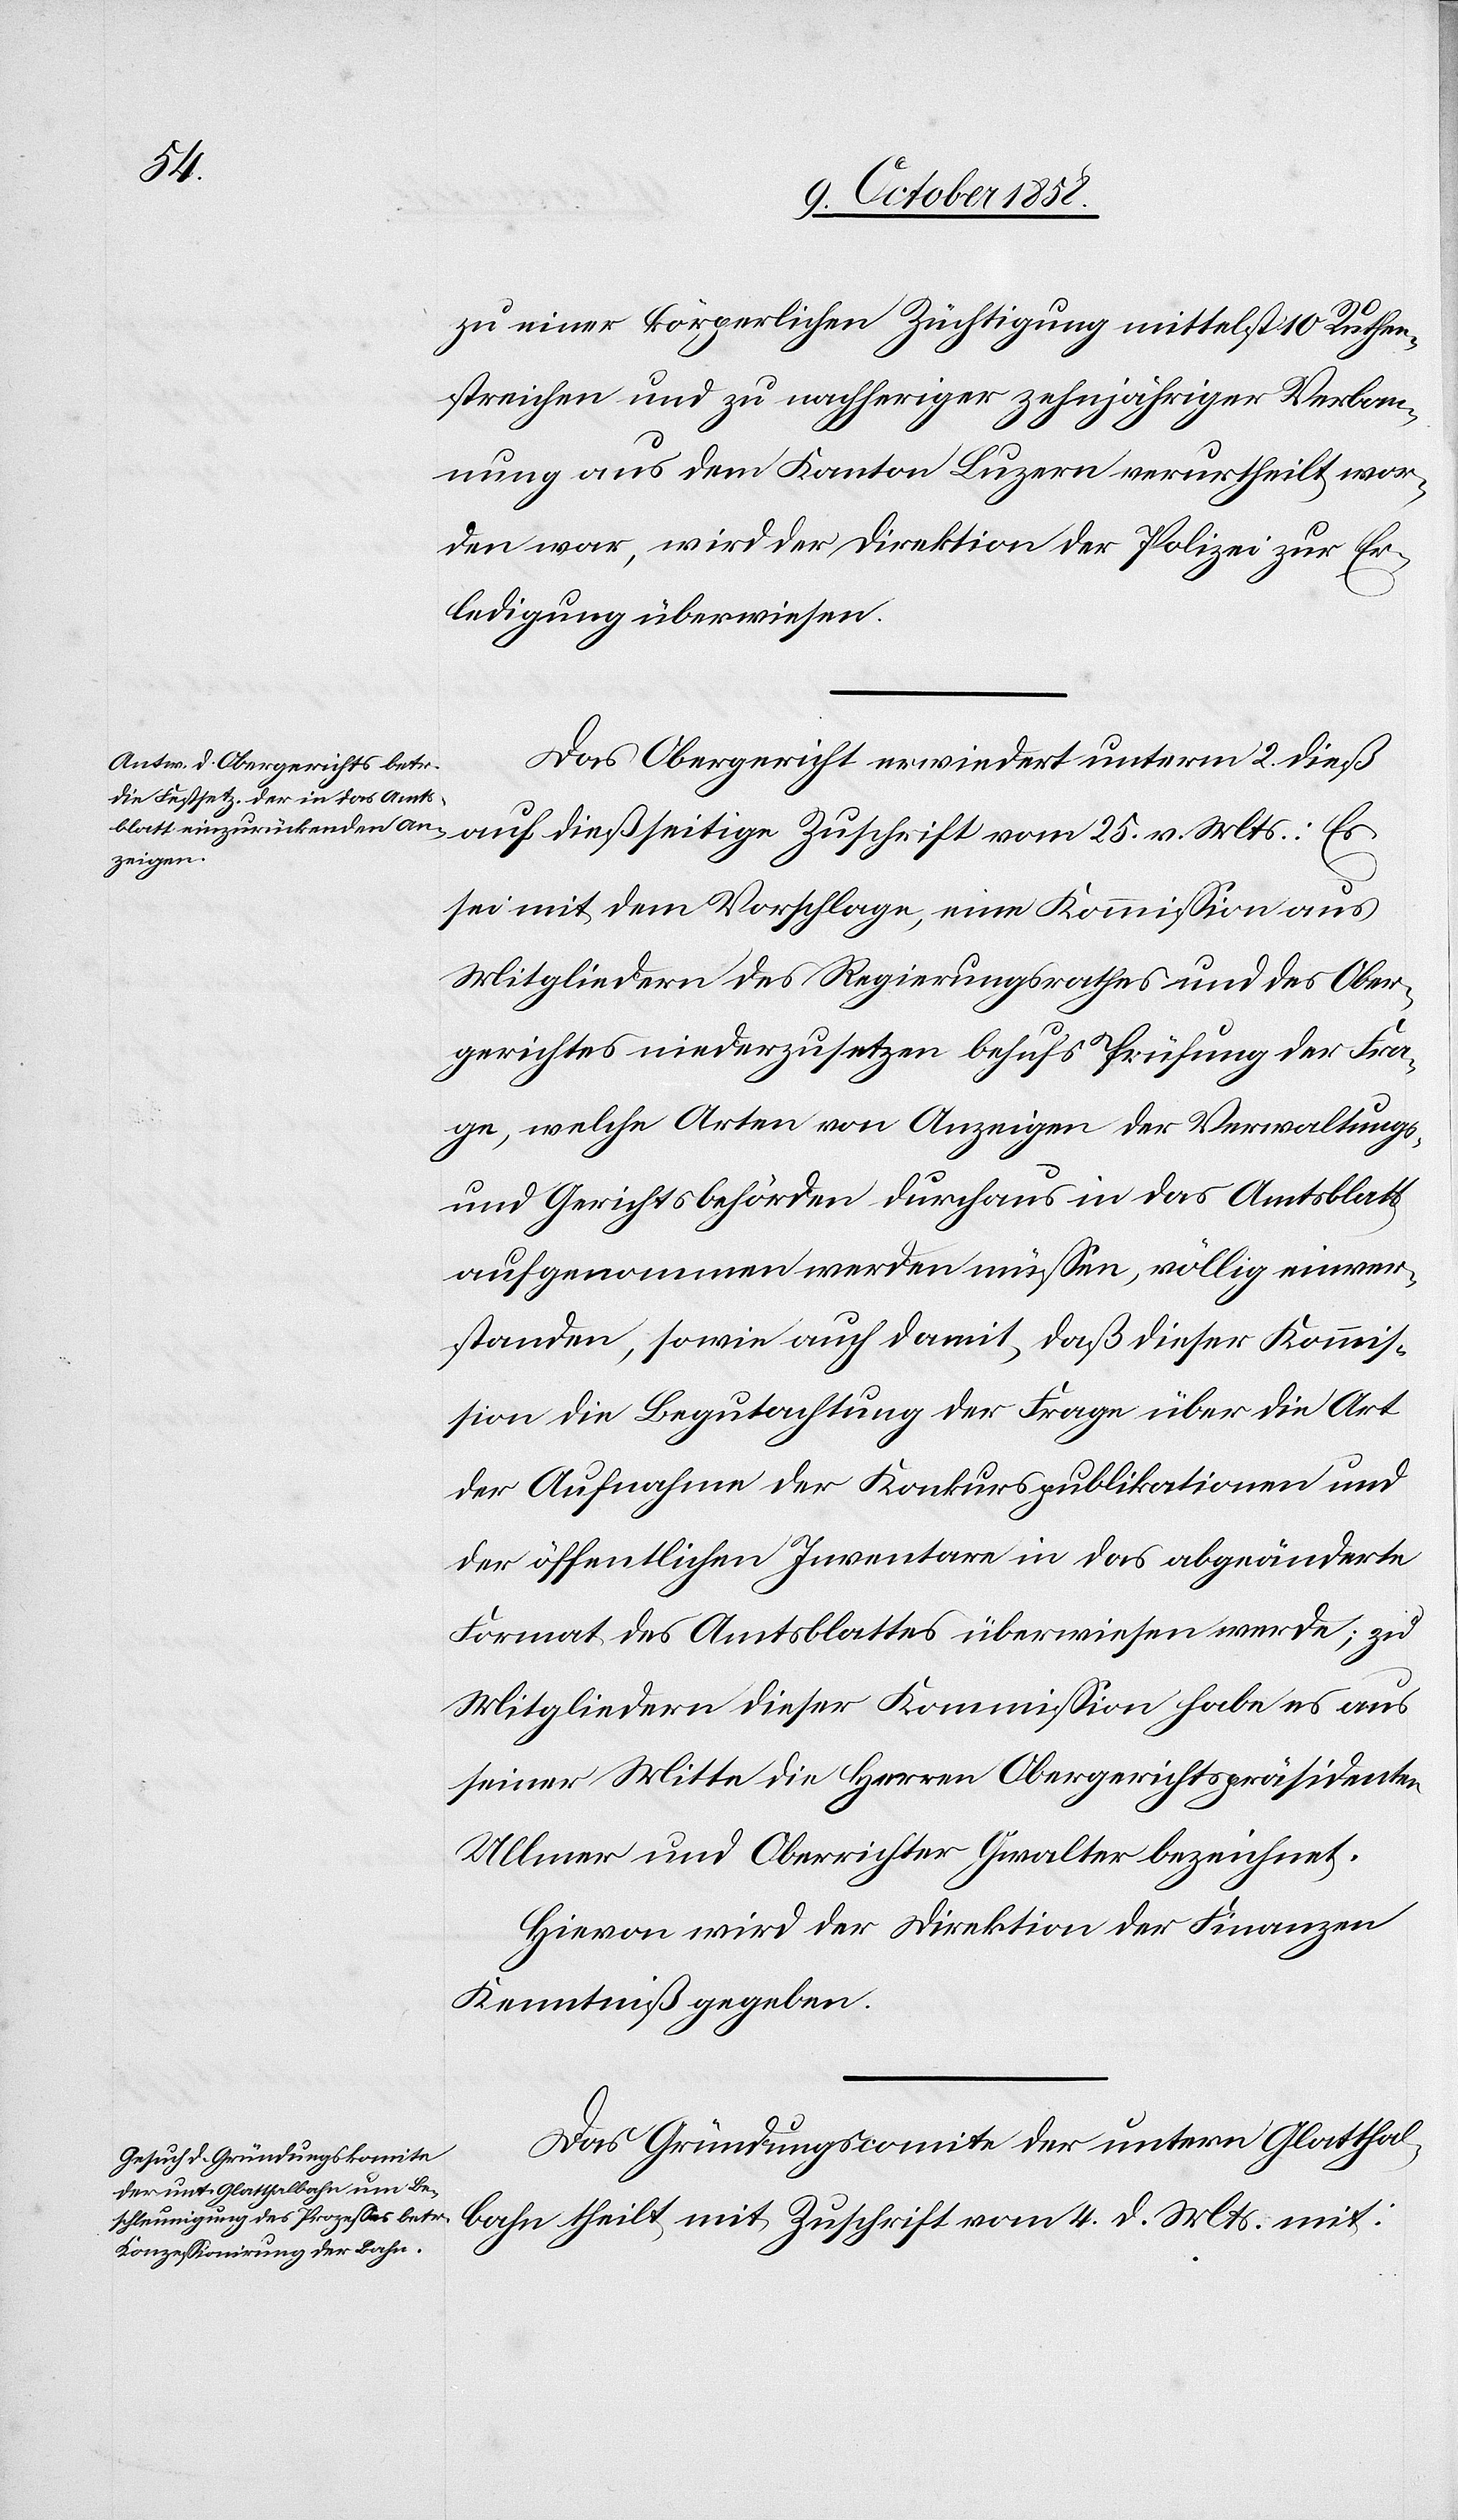
25.
zu einer körperlichen Züchtigung mittelst 10 Ruthen¬
streichen und zu nachheriger zehnjähriger Verban¬
nung aus dem Kanton Luzern verurtheilt wor¬
den war, wird der Direktion der Polizei zur Er¬
ledigung überwiesen.
Das Obergericht erwiedert unterm 2. dieß
sei mit dem Vorschlage, eine Kommission aus
Mitgliedern des Regierungsrathes und des Ober¬
gerichtes niederzusetzen behufs Prüfung der Fra¬
ge, welche Arten von Anzeigen der Verwaltungs-
und Gerichtsbehörden durchaus in das Amtsblatt
aufgenommen werden müssen, völlig einver¬
standen, sowie auch damit, daß dieser Kommis¬
sion die Begutachtung der Frage über die Art
der Aufnahme der Konkurspublikationen und
der öffentlichen Inventare in das abgeänderte
Format des Amtsblattes überwiesen werde; zu
Mitgliedern dieser Kommission habe es aus
seiner Mitte die Herren Obergerichtspräsidenten
Ullmer und Oberrichter Gwalter bezeichnet.
Hievon wird der Direktion der Finanzen
Kenntniß gegeben.
Das Gründungscomite der untern Glatthal¬
bahn theilt mit Zuschrift vom 4. d. Mts. mit: